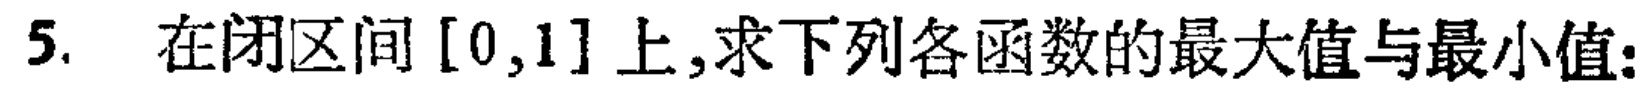
5. 在闭区间$[0,1]$上,求下列各函数的最大值与最小值: